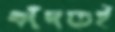
কাঁদতেই